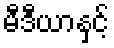
မီဒီယာနှင့်